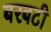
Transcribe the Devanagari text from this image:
बरबटी